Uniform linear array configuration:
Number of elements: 32
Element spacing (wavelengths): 0.25
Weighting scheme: hamming
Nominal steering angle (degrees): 45
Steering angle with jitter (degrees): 44.558
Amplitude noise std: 0.05
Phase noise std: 0.05

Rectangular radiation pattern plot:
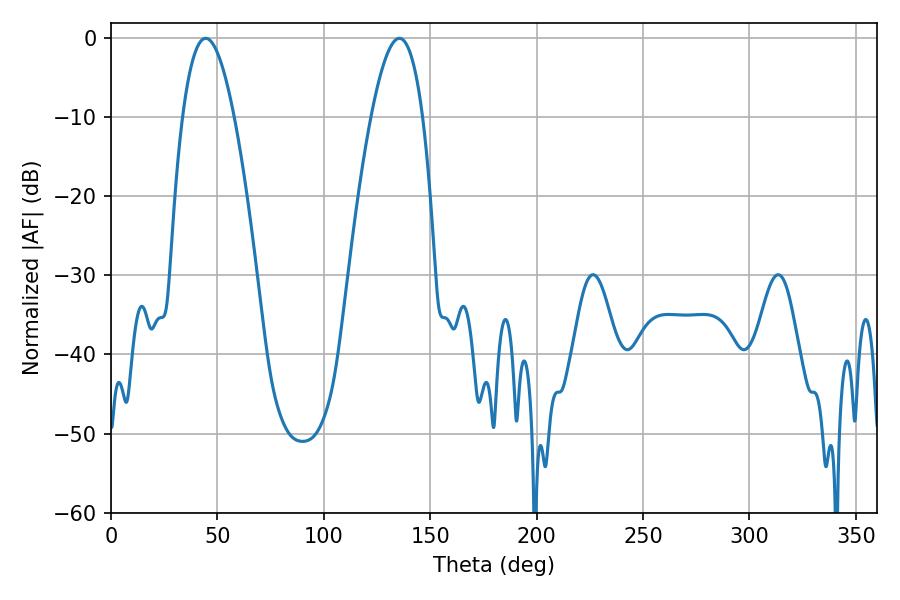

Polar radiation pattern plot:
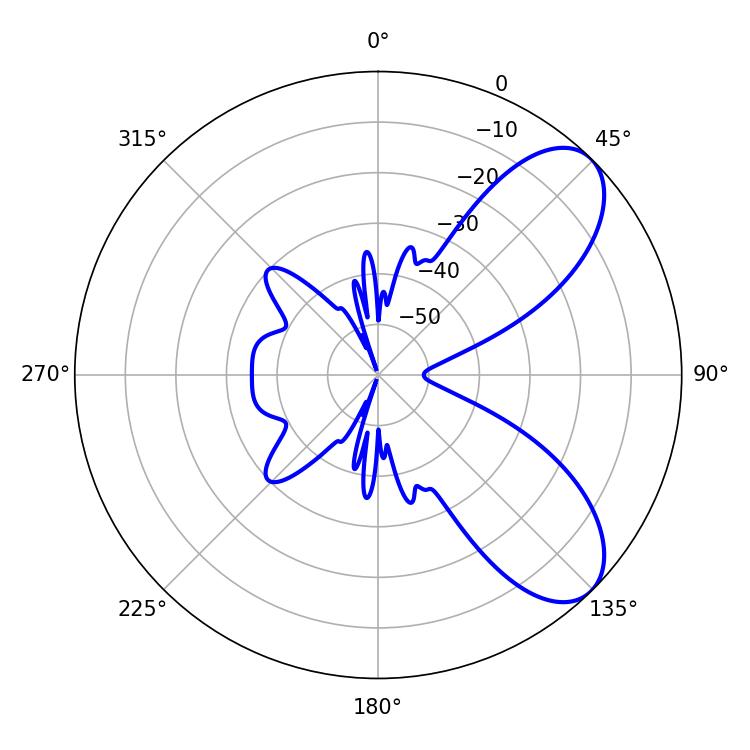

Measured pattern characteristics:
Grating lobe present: FALSE
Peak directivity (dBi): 7.547
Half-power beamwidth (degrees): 13.32
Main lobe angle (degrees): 44.46